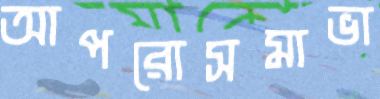
আপরোসমাভা